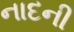
નાદની